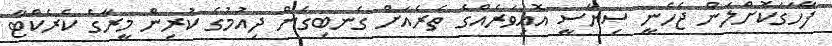
ފާހަގަކޮށްލަން ޖެހެނީ ސިޔާސީ އޮއިވަރެއްގެ ތެރެއަށް ގެނބިގެން ދިއުމުގެ ކުރިން މީރާގެ ކެރެކްޓާ